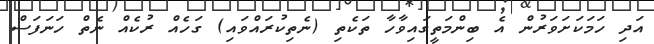
އަދި ހަމަކަށަވަރުން އެ ބިންމަތީގައިވާހާ ތަކެތި (ނެތިކުރައްވައި) ގަހެއް ރުކެއް ނެތް ހަނަފަސް